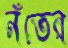
নঁতের